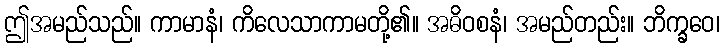
ဤအမည်သည်။ ကာမာနံ၊ ကိလေသာကာမတို့၏။ အဓိဝစနံ၊ အမည်တည်း။ ဘိက္ခဝေ၊